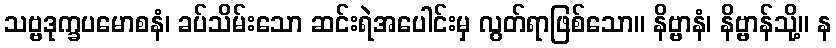
သဗ္ဗဒုက္ခပမောစနံ၊ ခပ်သိမ်းသော ဆင်းရဲအပေါင်းမှ လွတ်ရာဖြစ်သော။ နိဗ္ဗာနံ၊ နိဗ္ဗာန်သို့။ န